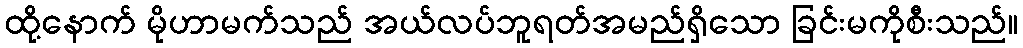
ထို့နောက် မိုဟာမက်သည် အယ်လပ်ဘူရတ်အမည်ရှိသော ခြင်းမကိုစီးသည်။